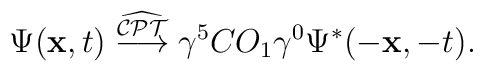
\Psi({\bf x},t) \stackrel{\widehat{\cal CPT}}      \longrightarrow  \gamma^5 C O_1 \gamma^0     \Psi^*(-{\bf x},-t).